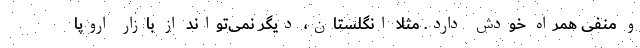
و منفی همراه خودش دارد. مثلاً انگلستان، دیگر نمی‌تواند از بازار اروپا